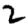
Digit: 2